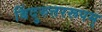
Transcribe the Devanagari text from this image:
बिंदुरुत्तररूपम्